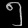
Digit: ၅